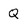
Character: Q